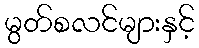
မွတ်စလင်များနှင့်